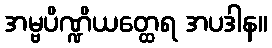
အမ္ဗပိဏ္ဍိယတ္ထေရ အပဒါန။